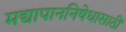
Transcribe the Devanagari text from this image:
मद्यापाननिषेधासाठीं